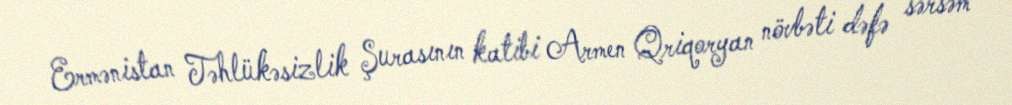
Ermənistan Təhlükəsizlik Şurasının katibi Armen Qriqoryan növbəti dəfə sərsəm